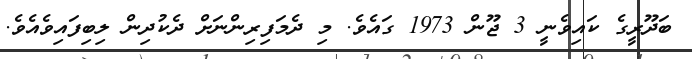
ބަދޫރީގެ ކައިވެނީ 3 ޖޫން 1973 ގައެވެ. މި ދެމަފިރިންނަށް ދެކުދިން ލިބިފައިވެއެވެ.